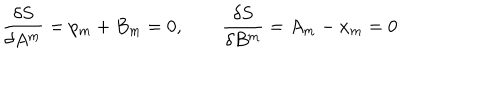
\frac { \delta S } { \delta A ^ { m } } = p _ { m } + B _ { m } = 0 , \qquad \frac { \delta S } { \delta B ^ { m } } = A _ { m } - \dot { x } _ { m } = 0